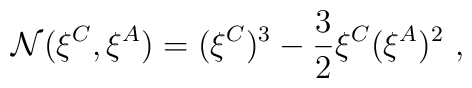
{\cal N}(\xi^C,\xi^A) =  (\xi^C)^3 - {3 \over 2} \xi^C (\xi^A)^2  \ ,